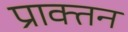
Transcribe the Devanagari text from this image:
प्राक्तन